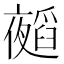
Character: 𭑁